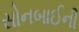
સોનબાઈની